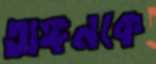
অঙ্গনকে